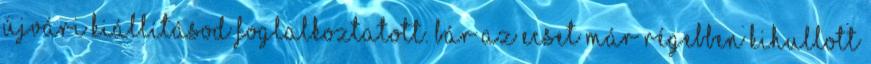
újvári kiállításod foglalkoztatott. Bár az ecset már régebben kihullott